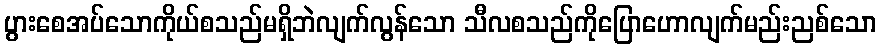
ပွားစေအပ်သောကိုယ်စသည်မရှိဘဲလျက်လွန်သော သီလစသည်ကိုပြောဟောလျက်မည်းညစ်သော